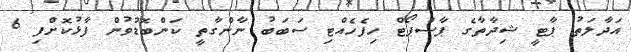
އަދާލަތު ޕާޓީ ޝިދާތާގެ ޕާސްޕޯޓް ހިފެހެއްޓި ސަބަބު ނާންގާތީ ކަންބޮޑުވުން ފާޅުކޮށްފި 6